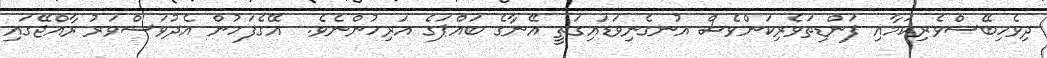
ދިވެހިބޭސްވެރިކަމާއި ފަންޑިތަވެރިކަންވެސް އުނގެނިވަޑައިގަތީ އޭނާގެ ބައްޕަގެ އަރިހުންނެވެ.  އޭގެފަހުން އެދުވަސްވަރު ރާއްޖޭގައި